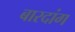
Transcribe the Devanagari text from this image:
बारदांग